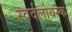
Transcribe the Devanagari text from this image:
स्वर्दलोवस्क